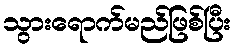
သွားရောက်မည်ဖြစ်ပြီး